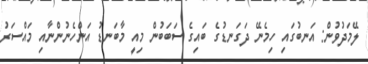
ލޭމަދުވުން: އަނބުގައި ހިމެނޭ ދަގަނޑުގެ ބައިގެ ސަބަބުން މިއީ މާބަނޑު އަންހެނުންނާއި މައްސަރު